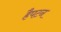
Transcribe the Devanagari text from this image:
हैपटन